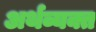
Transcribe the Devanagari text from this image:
अर्थव्यक्त